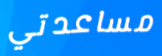
مساعدتي